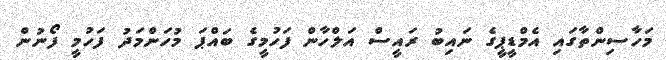
މަހާސިންތާގައި އެމްޑީޕީގެ ނައިބު ރައީސް އަލްހާން ފަހުމީގެ ބައްޕަ މުހަންމަދު ފަހުމީ ފޯނުން